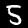
Label: 5